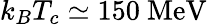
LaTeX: k_{B}T_{c}\simeq 150\ \mathrm{MeV}